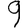
Digit: 9